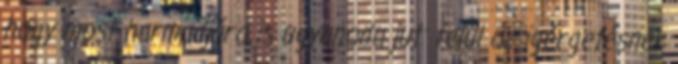
hogy most harmadjára is ugyanoda jut: felül az igérgetésnek